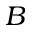
B